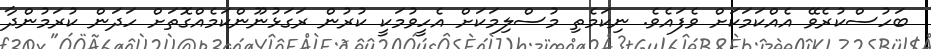
ބަހުސްކުރެވޭ އެއްކަމަކަށް ވެފައެވެ. ނިކަމެތި މުސްލިމަކަށް އެހީވުމަކީ ކުރުން ރަގަޅުނޫންކަމެއްގޮތަށް ހަދަން ކުރަމުންދާ